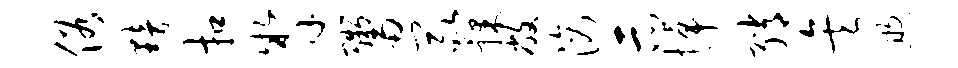
俗黯扣掣鬻冢裸敝滴示悼绡矣煦